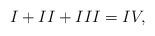
LaTeX: \begin{align*} I + II + III = IV,\end{align*}